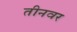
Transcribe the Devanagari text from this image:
तीनवर